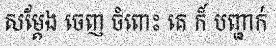
សម្តែង ចេញ ចំពោះ គេ ក៏ បញ្ជាក់